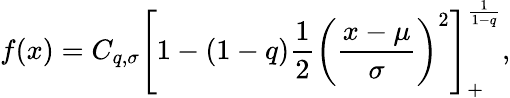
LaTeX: f(x)=C_{q,\sigma}\left[1-(1-q)\frac{1}{2}\left(\frac{x-\mu}{\sigma}\right)^{2}\right]_{+}^{\frac{1}{1-q}},